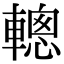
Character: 䡯